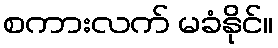
စကားလက် မခံနိုင်။